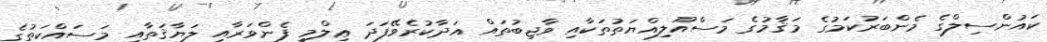
ކައުންސިލްގެ މެންބަރުކަމުގެ މަޤާމުގެ މަސްއޫލިއްޔަތުތަކާއި ވާޖިބުތައް އަދާކުރެވޭފަދަ ޢިލްމީ ފެންވަރާއި ލަޔާޤަތާއި މަސައްކަތުގެ